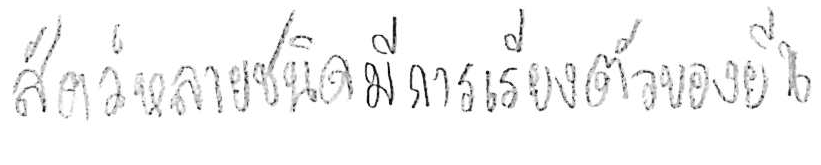
สัตว์หลายชนิดมีการเรียงตัวของยีน